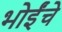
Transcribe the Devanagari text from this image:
भोईंचे